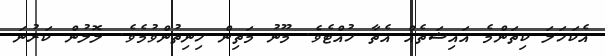
އެކަހަލަ ކިތަންމެ އައިޝަތެއް އެތާ ހުއްޓެވެ. މޫނު މަތިން ހިނިތުންވުމެވެ. ލޮލުން ކަރުނަ